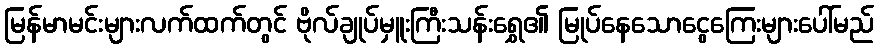
မြန်မာမင်းများလက်ထက်တွင် ဗိုလ်ချုပ်မှူးကြီးသန်းရွှေ၏ မြုပ်နေသောငွေကြေးများပေါ်မည်